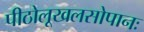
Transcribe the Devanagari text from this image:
पीठोलूखलसोपानः